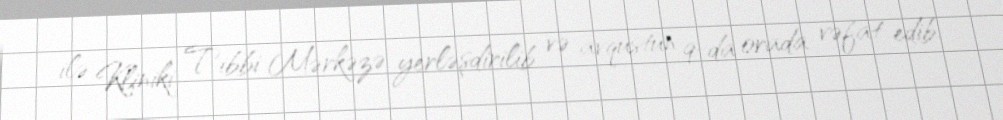
ilə Kliniki Tibbi Mərkəzə yerləşdirilib və avqustun 9-da orada vəfat edib.